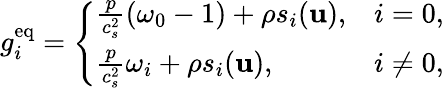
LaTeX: g_{i}^{\mathrm{eq}}=\left\{ \begin{array}{ll}{\frac{p}{c_{s}^{2}}\left(\omega_{0}-1\right)+\rho s_{i}(\mathbf{u}),}&{i=0,}\\ {\frac{p}{c_{s}^{2}}\omega_{i}+\rho s_{i}(\mathbf{u}),}&{i\neq 0,}\end{array}\right.